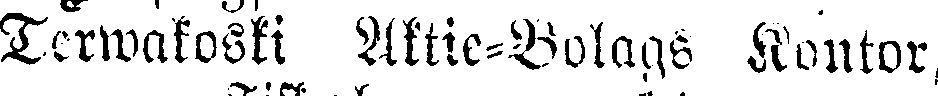
Terwakoski Aktie-Bolags Kontor,